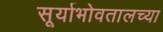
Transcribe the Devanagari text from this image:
सूर्याभोवतालच्या